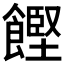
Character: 𮩌